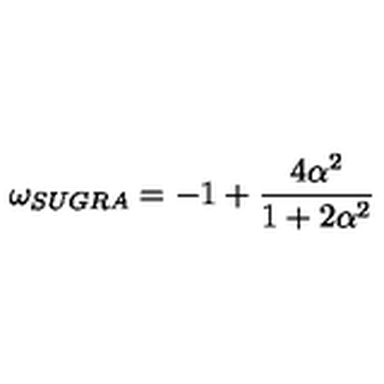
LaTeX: \omega _ { S U G R A } = - 1 + \frac { 4 \alpha ^ { 2 } } { 1 + 2 \alpha ^ { 2 } }